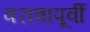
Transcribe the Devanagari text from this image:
वरात्रापूर्वी